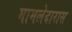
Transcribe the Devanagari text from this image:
मामलेदारास